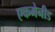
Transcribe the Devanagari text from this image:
एकमेनीड